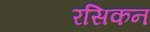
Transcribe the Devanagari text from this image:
रसिकन